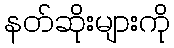
နတ်ဆိုးများကို